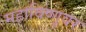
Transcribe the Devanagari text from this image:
महाविष्णूवर